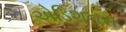
એડિશનસ